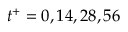
t ^ { + } = 0 , 1 4 , 2 8 , 5 6